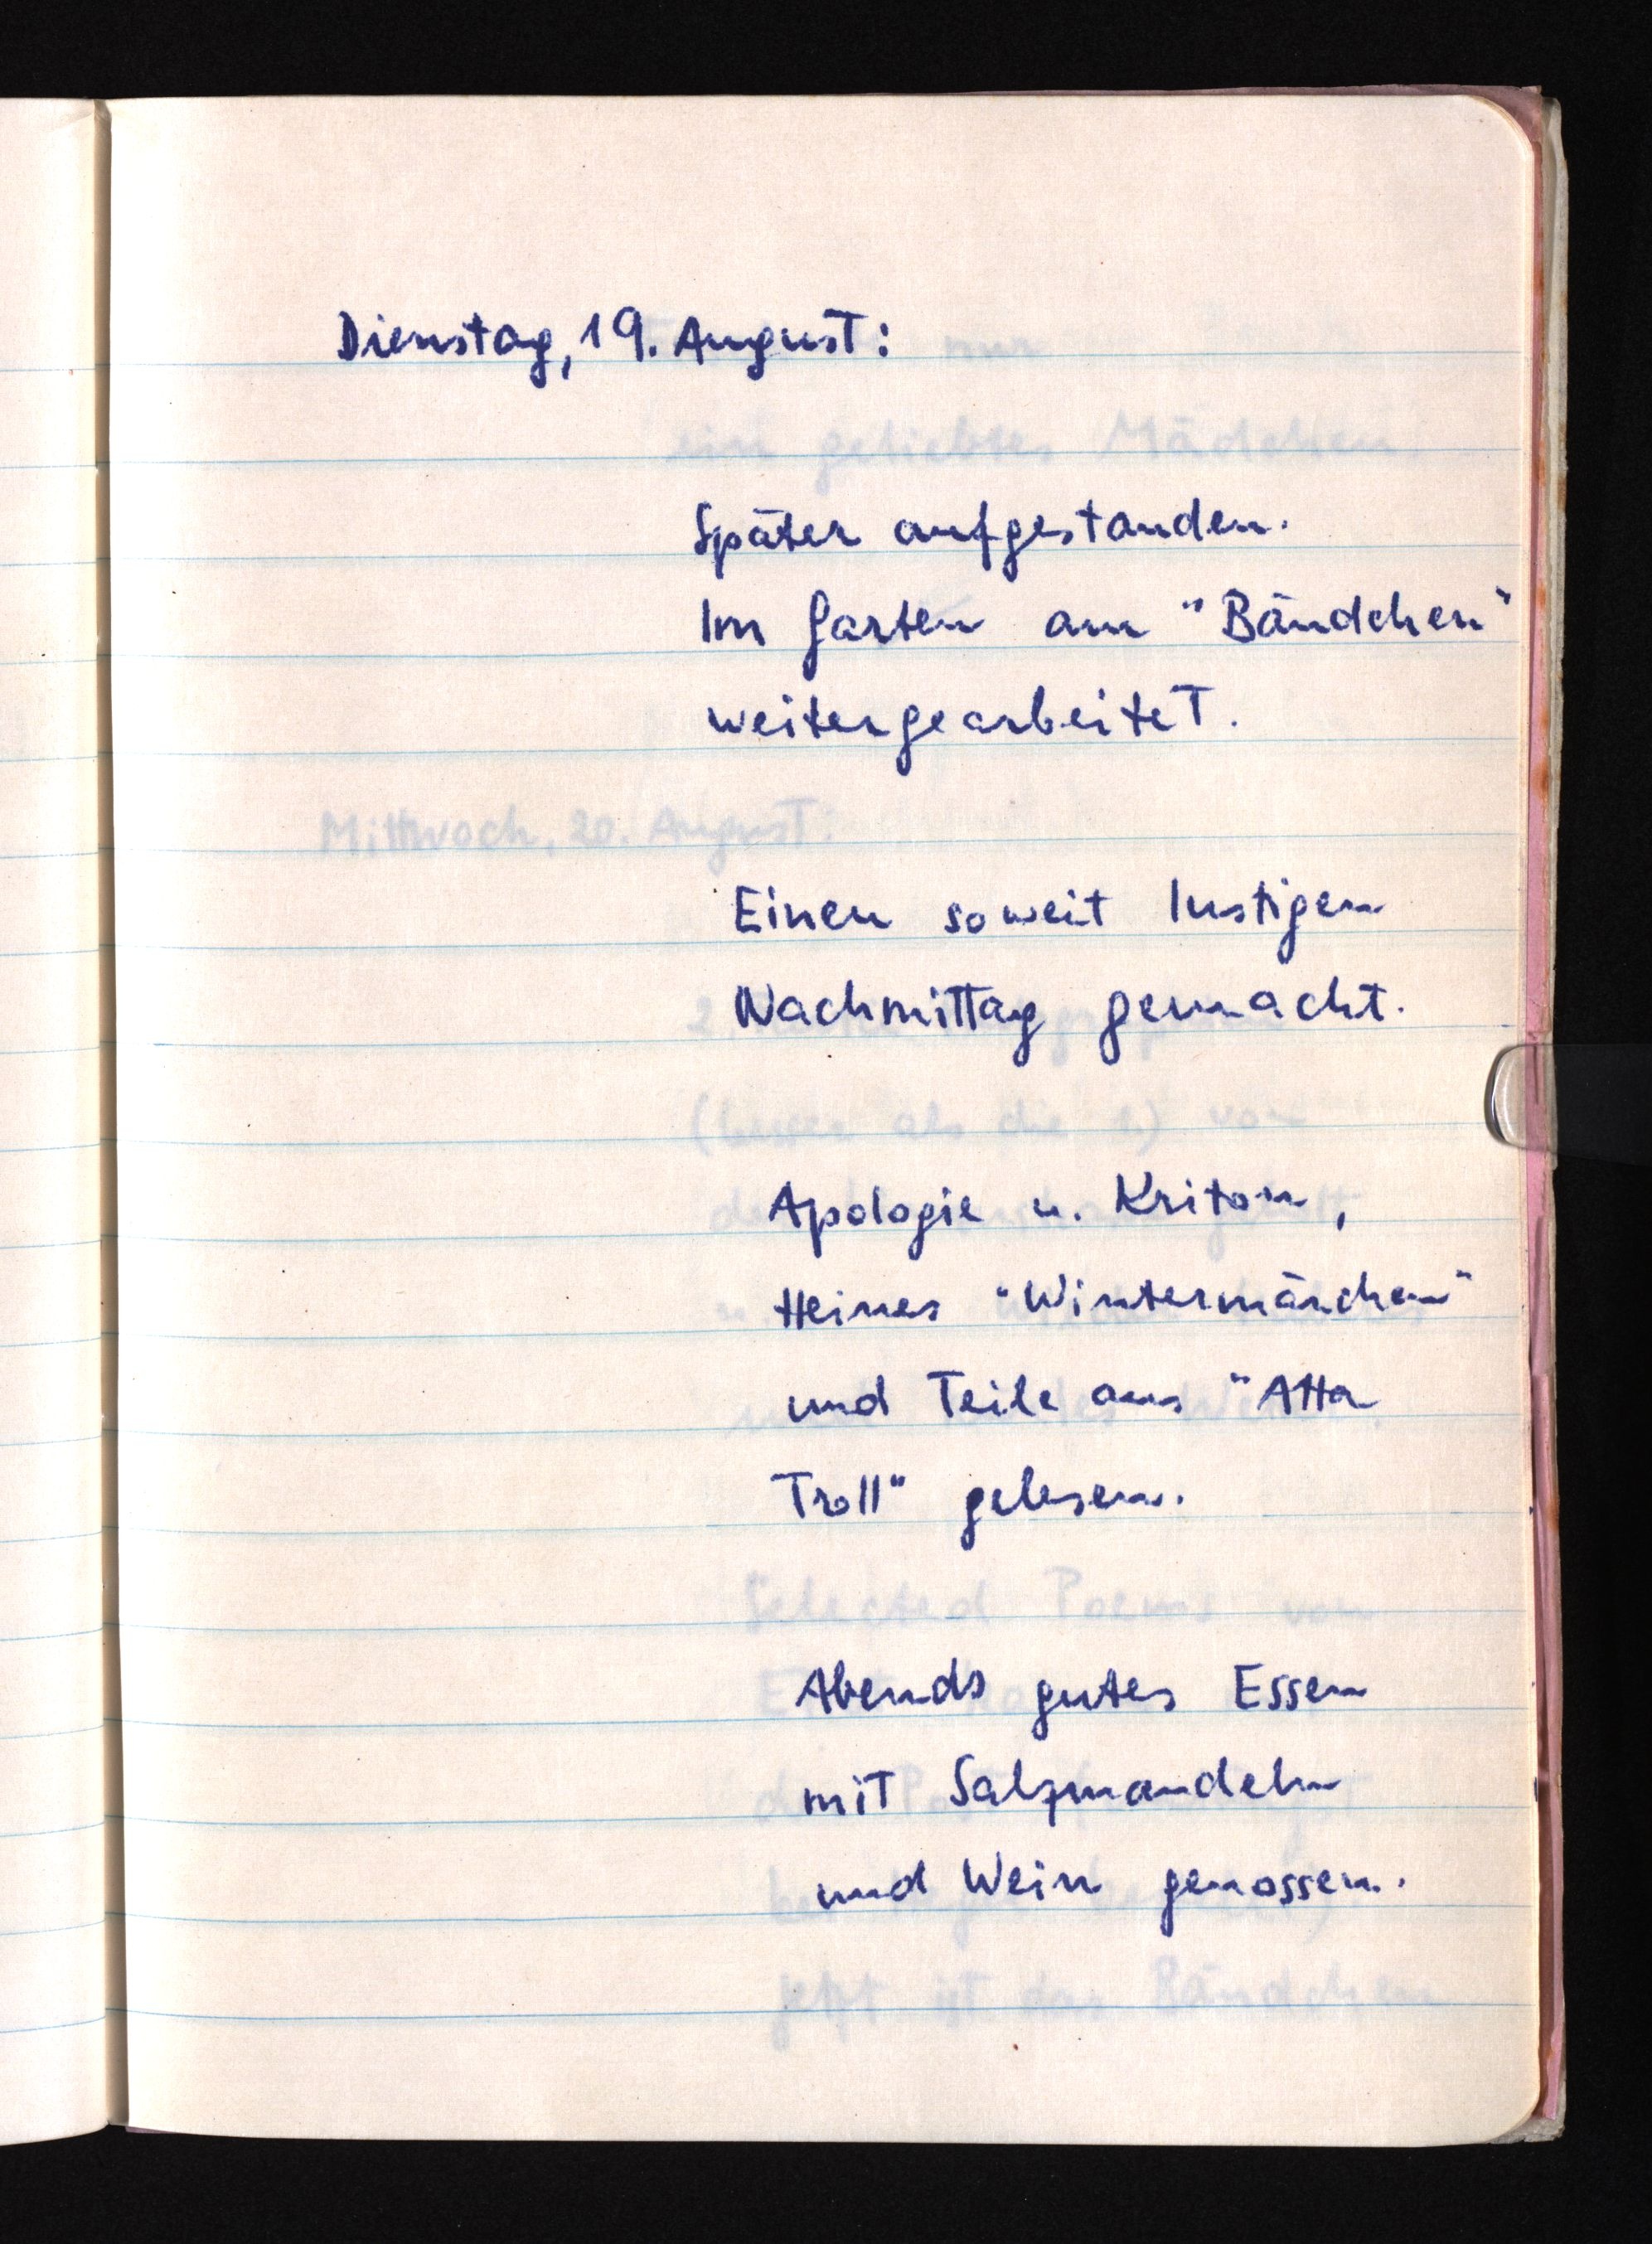
Dienstag, 19. August:
Später aufgestanden.
Im Garten am "Bändchen"
weitergearbeitet.
Einen soweit lustigen
Nachmittag gemacht.
Apologie u. Kriton,
Heines "Wintermärchen"
und Teile aus "Atta
Troll" gelesen.
Abends gutes Essen
mit Salzmandeln
und Wein genossen.